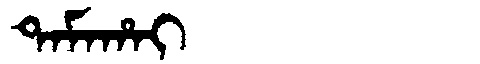
Manchu: ᡨᠠᠮᠠᡥᠠᡳ
Romanization: TAMAHAI